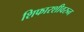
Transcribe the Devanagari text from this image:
शिफारशीवरुन